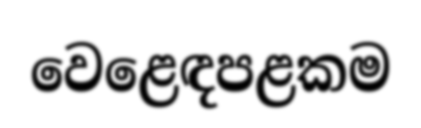
වෙළෙඳපළකම